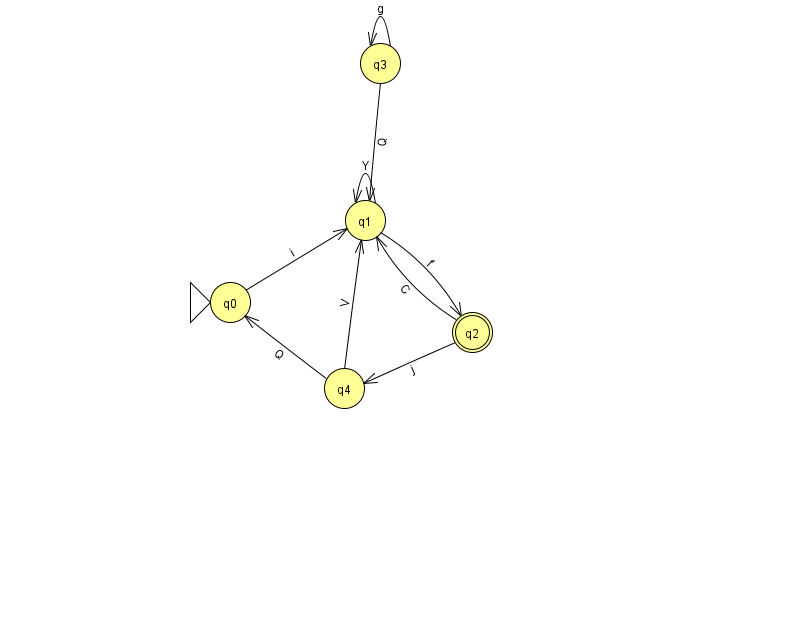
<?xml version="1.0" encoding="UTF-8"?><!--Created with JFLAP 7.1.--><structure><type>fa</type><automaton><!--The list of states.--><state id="0" name="q0"><x>230.0</x><y>289.0</y><initial/></state><state id="1" name="q1"><x>365.0</x><y>207.0</y></state><state id="2" name="q2"><x>472.0</x><y>319.0</y><final/></state><state id="3" name="q3"><x>380.0</x><y>50.0</y></state><state id="4" name="q4"><x>344.0</x><y>375.0</y></state><!--The list of transitions.--><transition><from>4</from><to>0</to><read>Q</read></transition><transition><from>4</from><to>1</to><read>V</read></transition><transition><from>2</from><to>4</to><read>j</read></transition><transition><from>3</from><to>3</to><read>g</read></transition><transition><from>1</from><to>1</to><read>Y</read></transition><transition><from>2</from><to>1</to><read>C</read></transition><transition><from>3</from><to>1</to><read>Q</read></transition><transition><from>0</from><to>1</to><read>i</read></transition><transition><from>1</from><to>2</to><read>f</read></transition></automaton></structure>